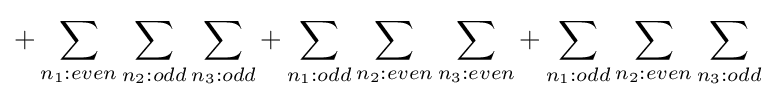
+\sum _{n_{1}:even}\sum _{n_{2}:odd}\sum _{n_{3}:odd}+\sum _{n_{1}:odd}\sum _{n_{2}:even}\sum _{n_{3}:even}+\sum _{n_{1}:odd}\sum _{n_{2}:even}\sum _{n_{3}:odd}